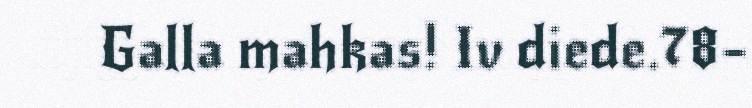
Galla mahkas! Iv diede.78–